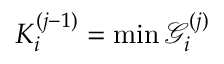
K _ { i } ^ { ( j - 1 ) } = \operatorname* { m i n } \mathcal { G } _ { i } ^ { ( j ) }